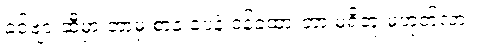
ခင်ဗျားဆီမှာ ဘာမှ စာနဲ့ ပေနဲ့ ဝန်ခံထားတာ မရှိဘူးမဟုတ်လား။